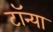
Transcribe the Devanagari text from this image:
टॉन्या